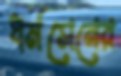
ধর্মসেনের